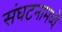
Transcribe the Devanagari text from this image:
संघटनामध्ये